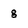
Character: g